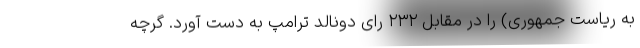
به ریاست جمهوری) را در مقابل ۲۳۲ رای دونالد ترامپ به دست آورد. گرچه